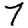
Digit: 7